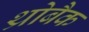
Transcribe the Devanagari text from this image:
थ्रोबैक